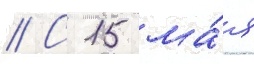
// С 15 ма́я